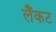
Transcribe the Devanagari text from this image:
लैंकट